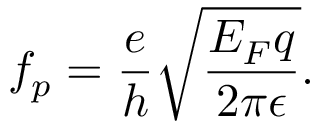
f _ { p } = \frac { e } { h } \sqrt { \frac { E _ { F } q } { 2 \pi \epsilon } } .